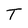
Character: a